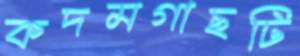
কদমগাছটি